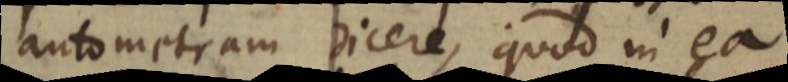
autometram dicere, quod in ea